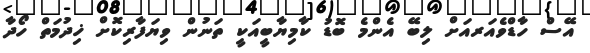
އޭސް ހާޑްވެއަރއަށް ލިބޭ އެންމެ ބޮޑު ކާމިޔާބީއަކީ ތަނުން ވިޔަފާރިކޮށް ޚިދުމަތް ހޯދާ